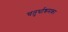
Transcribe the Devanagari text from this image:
चतुर्थाश्रमका